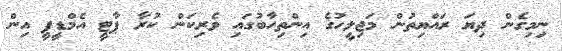
ނިމިގެން ދިޔަ ރައްޔިތުން މަޖިލީހުގެ އިންތިހާބުގައި ވެރިކަން ކުރާ ޕާޓީ އެމްޑީޕީ އިން